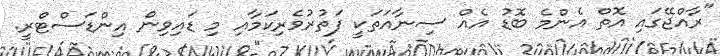
"ރާއްޖޭގައި އޮތް އެންމެ ބޮޑު އެއް ސިނާއަތަކީ ފަތުރުވެރިކަމާއި މި ޑައިވިން އިންޑަސްޓްރީ.